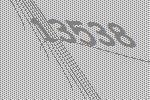
13538